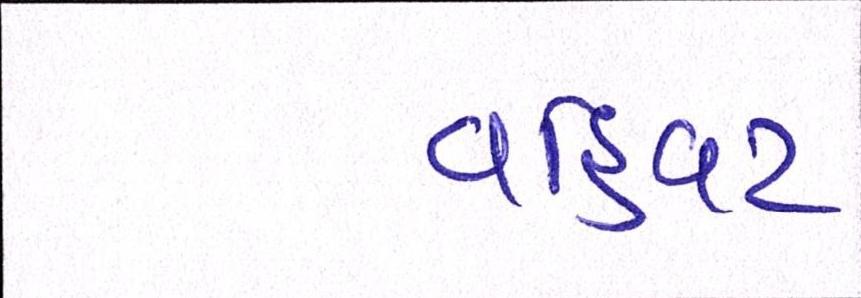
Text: વહિવટ